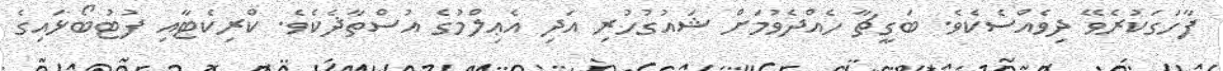
ފާހަގަކުރެވޭ ދިވެއްސެކެވެ. ބަގީޗާ ހެއްދެވުމަށް ޝައުގުހުރި އަދި އެޢިލްމުގެ އުސްތާޛެކެވެ. ކްރިކެޓާއި ފުޓުބޯޅައިގެ